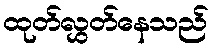
ထုတ်လွှတ်နေသည်